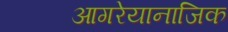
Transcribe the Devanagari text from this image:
आगरेयानाजिक